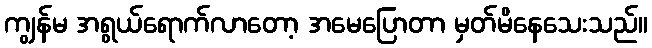
ကျွန်မ အရွယ်ရောက်လာတော့ အမေပြောတာ မှတ်မိနေသေးသည်။